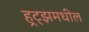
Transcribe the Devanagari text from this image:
हर्‍ट्झमधील